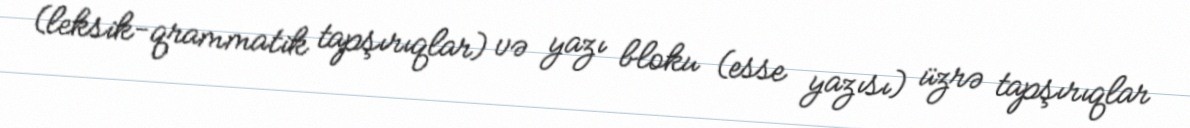
(leksik-qrammatik tapşırıqlar) və yazı bloku (esse yazısı) üzrə tapşırıqlar